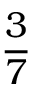
\frac { 3 } { 7 }